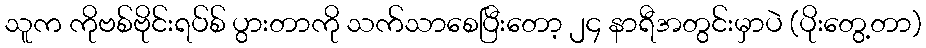
သူက ကိုဗစ်ဗိုင်းရပ်စ် ပွားတာကို သက်သာစေပြီးတော့ ၂၄ နာရီအတွင်းမှာပဲ (ပိုးတွေ့တာ)